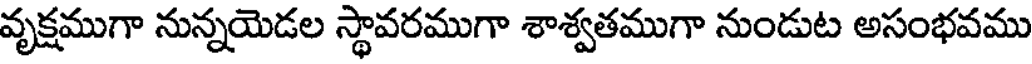
వృక్షముగా నున్నయెడల స్థావరముగా శాశ్వతముగా నుండుట అసంభవము